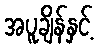
အပူချိန်နှင့်